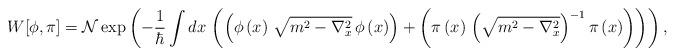
LaTeX: \begin{align*}W[\phi,\pi] =\mathcal{N}\exp\left( -\frac{1}{\hbar}\int dx\,\left( \left( \phi\left( x\right) \,\sqrt{m^{2}-\nabla_{x}^{2}}\,\phi\left( x\right)\right) + \left( {\pi}\left( x\right) \,\left(\sqrt{m^{2}-\nabla_{x}^{2}}\right) ^{-1} {\pi}\left( x\right) \right) \right) \right) ,\end{align*}